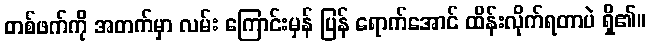
တစ်ဖက်ကို အတက်မှာ လမ်း ကြောင်းမှန် ပြန် ရောက်အောင် ထိန်းလိုက်ရတာပဲ ရှိ၏။